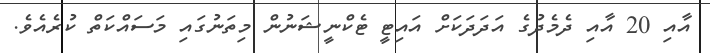
އާއި 20 އާއި ދެމެދުގެ އަދަދަކަށް އައިޓީ ޓެކްނީޝަނުން މިތަނުގައި މަސައްކަތް ކުރެެއެވެ.